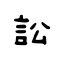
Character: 訟